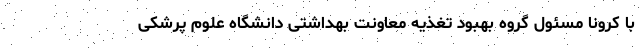
با کرونا مسئول گروه بهبود تغذیه معاونت بهداشتی دانشگاه علوم پرشکی